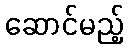
ဆောင်မည့်